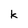
Character: k